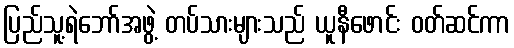
ပြည်သူ့ရဲဘော်အဖွဲ့ တပ်သားများသည် ယူနီဖောင်း ဝတ်ဆင်ကာ